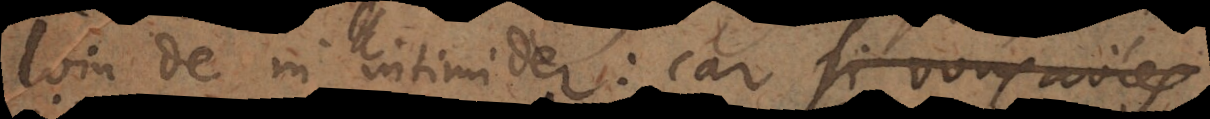
loin de m’intimider: car si vous aviés